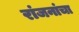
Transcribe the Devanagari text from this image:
रांजनांचा